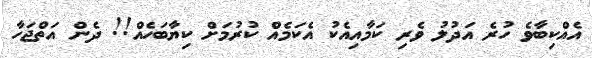
އެއްކިބާވެ ހުރެ އަދުލު ވެރި ކަމާއިއެކު އެކަމެއް ކުރުމަށް ކިޔާބަހެއް!! ދެން އަތްޖަހާ